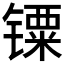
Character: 𲈙